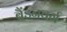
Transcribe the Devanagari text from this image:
ब्रैंडनवर्ग